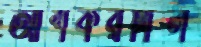
আশকরখিল